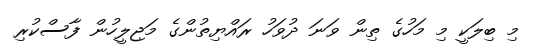
މި ބިލަކީ މި މަހުގެ ތިން ވަނަ ދުވަހު ރައްޔިތުންގެ މަޖިލީހުން ފާސްކުރި